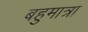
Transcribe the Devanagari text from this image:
बहुमात्रा